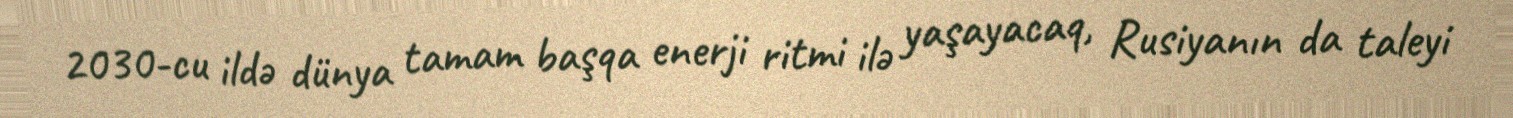
2030-cu ildə dünya tamam başqa enerji ritmi ilə yaşayacaq, Rusiyanın da taleyi